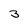
Character: 3